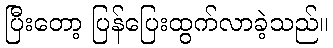
ပြီးတော့ ပြန်ပြေးထွက်လာခဲ့သည်။